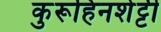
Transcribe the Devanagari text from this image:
कुरूहिनशेट्टी